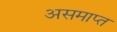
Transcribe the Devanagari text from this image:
असमाप्त